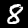
Label: 8